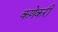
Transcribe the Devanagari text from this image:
कणेकरी